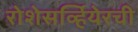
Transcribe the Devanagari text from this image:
रोशेसर्व्हियेरची